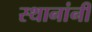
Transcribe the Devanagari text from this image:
स्थानांनी